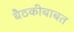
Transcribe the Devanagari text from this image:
बैठकीबाबत